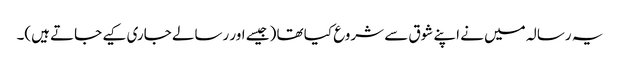
یہ رسالہ میں نے اپنے شوق سے شروع کیا تھا (جیسے اور رسالے جاری کیے جاتے ہیں)۔